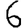
Digit: 6